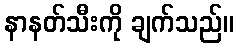
နာနတ်သီးကို ချက်သည်။